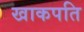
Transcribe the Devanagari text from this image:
खाकपति